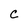
Character: c